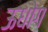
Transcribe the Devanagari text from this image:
ऊधोग